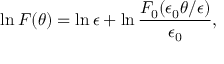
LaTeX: \ln { \cal F } ( \theta ) = \ln \epsilon + \ln \frac { { \cal F } _ { 0 } ( \epsilon _ { 0 } \theta / \epsilon ) } { \epsilon _ { 0 } } ,